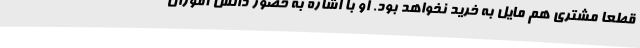
قطعا مشتری هم مایل به خرید نخواهد بود. او با اشاره به حضور دانش آموزان